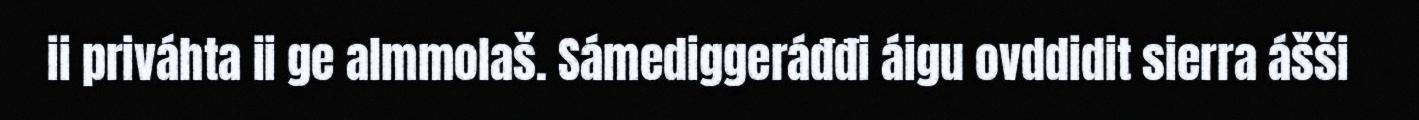
ii priváhta ii ge almmolaš. Sámediggeráđđi áigu ovddidit sierra ášši